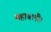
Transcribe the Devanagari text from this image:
महाबलौ।